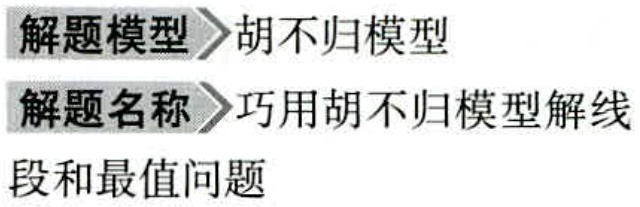
\begin{description}
\item[解题模型] 胡不归模型
\item[解题名称] 巧用胡不归模型解线段和最值问题
\end{description}